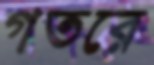
গতরে